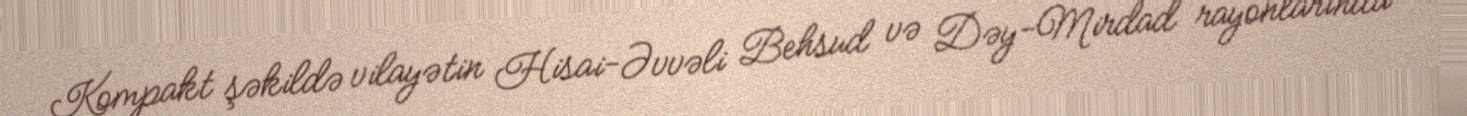
Kompakt şəkildə vilayətin Hisai-Əvvəli Behsud və Dəy-Mirdad rayonlarında